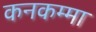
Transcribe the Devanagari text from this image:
कनकम्मा